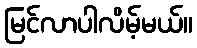
မြင်လာပါလိမ့်မယ်။